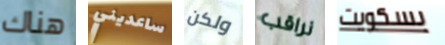
هناك ساعديني ولكن نراقب بسكويت